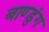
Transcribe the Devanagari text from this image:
बाण्डुंग